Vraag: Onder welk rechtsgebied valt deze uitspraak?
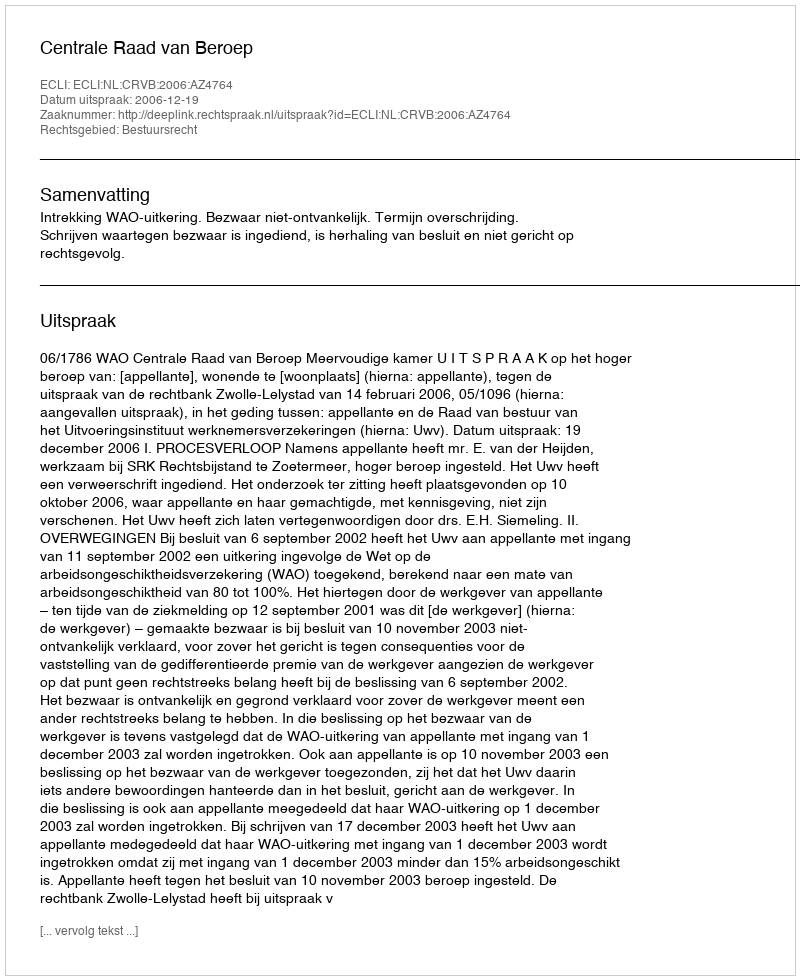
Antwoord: Bestuursrecht